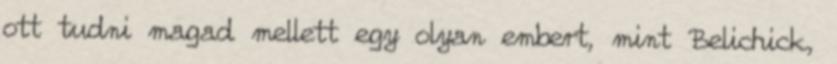
ott tudni magad mellett egy olyan embert, mint Belichick,